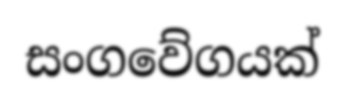
සංගවේගයක්